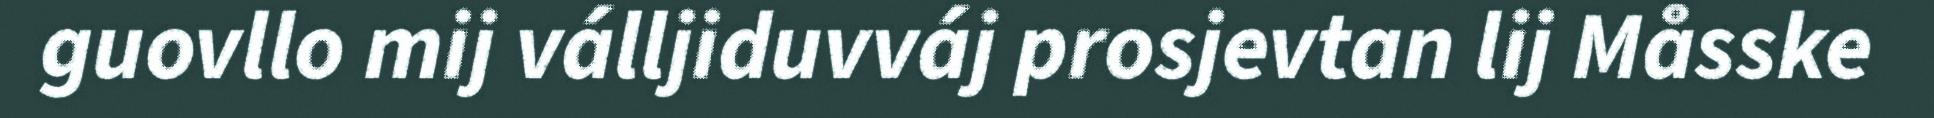
guovllo mij válljiduvváj prosjevtan lij Måsske